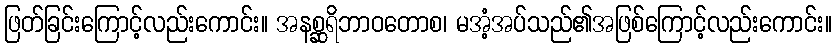
ဖြတ်ခြင်းကြောင့်လည်းကောင်း။ အနစ္ဆရိဘာဝတောစ၊ မအံ့အပ်သည်၏အဖြစ်ကြောင့်လည်းကောင်း။